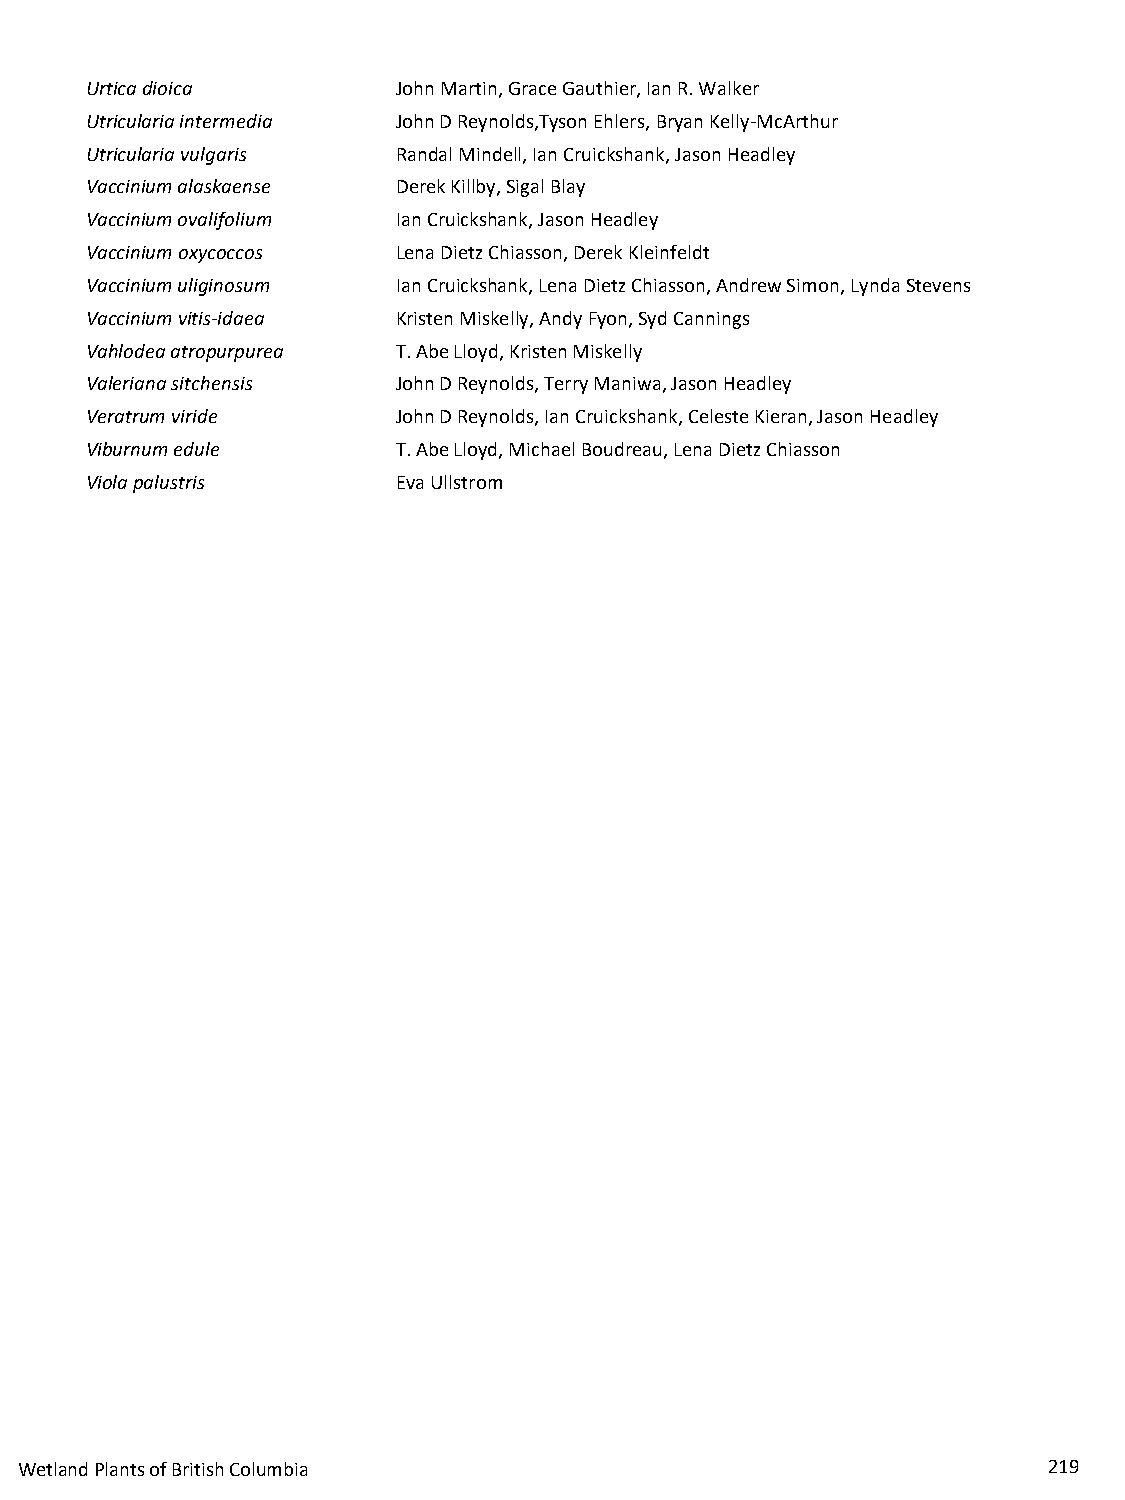
Urtica dioica       John Martin, Grace Gauthier, Ian R. Walker
 Utricularia intermedia John D Reynolds,Tyson Ehlers, Bryan Kelly-McArthur
 Utricularia vulgaris Randal Mindell, Ian Cruickshank, Jason Headley
 Vaccinium alaskaense Derek Killby, Sigal Blay
 Vaccinium ovalifolium Ian Cruickshank, Jason Headley
 Vaccinium oxycoccos Lena Dietz Chiasson, Derek Kleinfeldt
 Vaccinium uliginosum Ian Cruickshank, Lena Dietz Chiasson, Andrew Simon, Lynda Stevens
 Vaccinium vitis-idaea Kristen Miskelly, Andy Fyon, Syd Cannings
 Vahlodea atropurpurea T.Abe Lloyd, Kristen Miskelly
 Valeriana sitchensis John D Reynolds, Terry Maniwa, Jason Headley
 Veratrum viride     John D Reynolds, Ian Cruickshank, Celeste Kieran, Jason Headley
 Viburnum edule      T.Abe Lloyd, Michael Boudreau, Lena Dietz Chiasson
 Viola palustris     Eva Ullstrom
 Wetland Plants of British Columbia                                  219